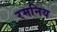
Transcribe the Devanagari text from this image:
रमनिय